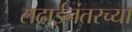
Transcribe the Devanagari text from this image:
लढाईनंतरच्या